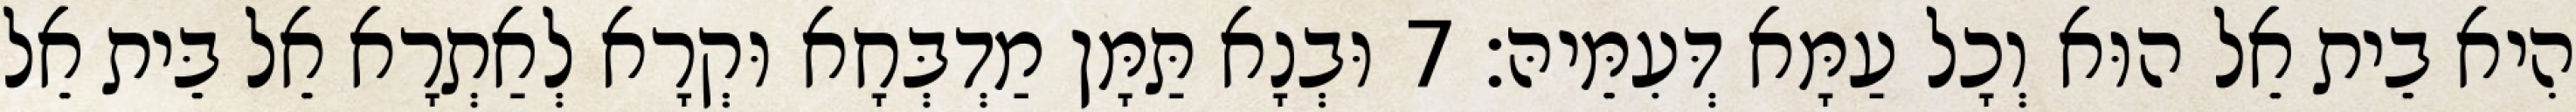
הִיא בֵית אֵל הוּא וְכָל עַמָּא דְּעִמֵּיהּ׃ 7 וּבְנָא תַּמָּן מַדְבְּחָא וּקְרָא לְאַתְרָא אֵל בֵּית אֵל